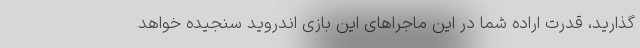
گذارید، قدرت اراده شما در این ماجراهای این بازی اندروید سنجیده خواهد